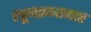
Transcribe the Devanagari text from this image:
खूनप्रकरणात